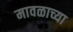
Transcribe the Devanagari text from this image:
मावळाच्या